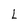
Character: L